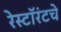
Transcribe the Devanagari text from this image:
रेस्टॉरंटचे